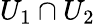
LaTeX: U_{1}\cap U_{2}